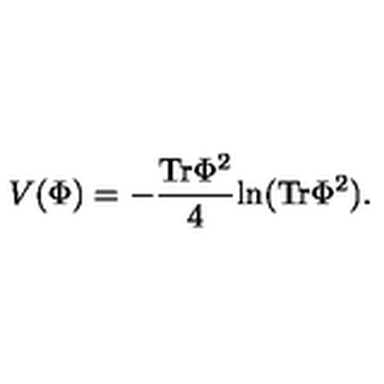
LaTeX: V ( \Phi ) = - { \frac { \mathrm { T r } \Phi ^ { 2 } } { 4 } } \mathrm { l n } ( \mathrm { T r } \Phi ^ { 2 } ) .